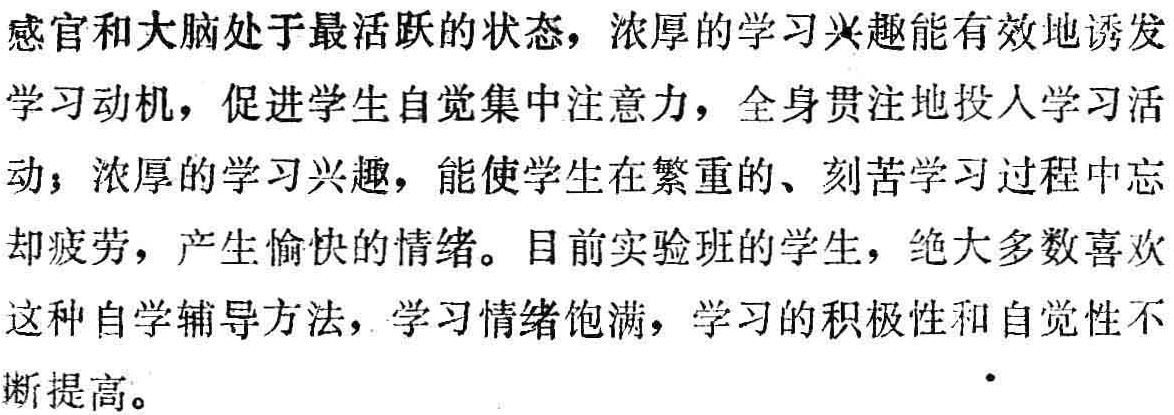
感官和大脑处于最活跃的状态，浓厚的学习兴趣能有效地诱发学习动机，促进学生自觉集中注意力，全身贯注地投入学习活动；浓厚的学习兴趣，能使学生在繁重的、刻苦学习过程中忘却疲劳，产生愉快的情绪。目前实验班的学生，绝大多数喜欢这种自学辅导方法，学习情绪饱满，学习的积极性和自觉性不断提高。